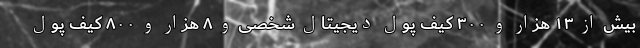
بیش از ۱۳ هزار و ۳۰۰ کیف پول دیجیتال شخصی و ۸ هزار و ۸۰۰ کیف پول